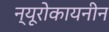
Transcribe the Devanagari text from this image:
न्यूरोकायनीन